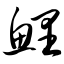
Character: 鲤